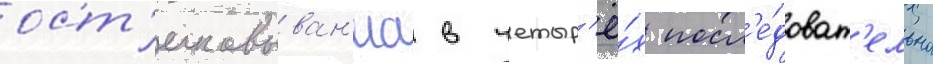
ост'екловыван'иа в четыр'ё́х посл'е́доват'ельно